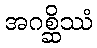
အဂစ္ဆိဿံ